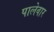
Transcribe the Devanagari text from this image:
पालेवार